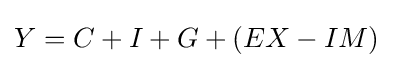
Y=C+I+G+(EX-IM)